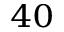
^ { 4 0 }